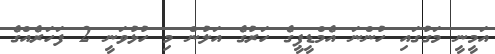
އަމީނީ މަގުގައި ހުންނަ އެމްޑީޕީގެ ހަރުގެ އަލުން މި ހުޅުވަނީ 2 ފަހަރެއްގެ